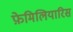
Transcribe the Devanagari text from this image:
फ़ेमिलियारिस